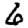
Digit: 6